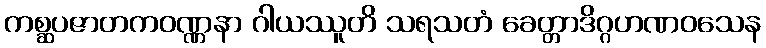
ကစ္ဆပဇာတကဝဏ္ဏနာ ဂါယဿူတိ သရသတံ ခေတ္တာဒိဂ္ဂဟဏဝသေန